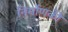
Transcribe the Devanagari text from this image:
निर्माणकी